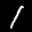
Label: 1